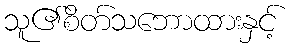
သူ၏စိတ်သဘောထားနှင့်